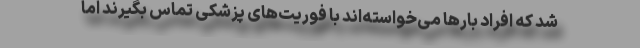
شد که افراد بارها می‌خواسته‌اند با فوریت‌های پزشکی تماس بگیرند اما